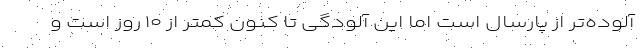
آلوده‌تر از پارسال است اما این آلودگی تا کنون کمتر از ۱۰ روز است و